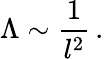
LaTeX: \Lambda\sim\frac{1}{l^{2}}\, .